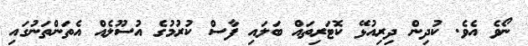
ނޯވެ އެވެ. ކުދިން ދިރިއުޅޭ ކޮޓަރިތައް ބަލައި ފާސް ކުރުމުގެ އުސޫލެއް އެތަންތަނުގައި